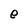
Character: e